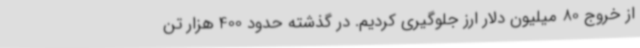
از خروج 80 میلیون دلار ارز جلوگیری کردیم. در گذشته حدود 400 هزار تن